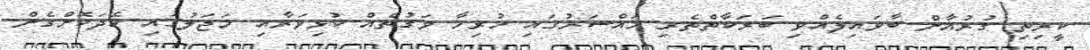
ކީރިތި ގުރުއާން ބާވައިލެއްވި ބަރަކާތްތެރި މައްސަރުގައި ހުރިހާ ވަގުތެއް ކުޅިވަރާއި މަޖަލުގައި ހޭދަކޮށްގެން